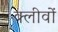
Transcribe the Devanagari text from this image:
क्लीवों